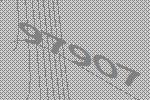
97907